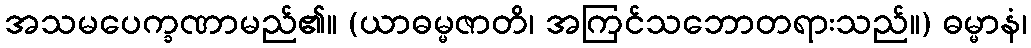
အသမပေက္ခဏာမည်၏။ (ယာဓမ္မဇာတိ၊ အကြင်သဘောတရားသည်။) ဓမ္မာနံ၊